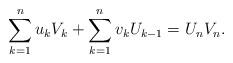
LaTeX: \begin{align*}\sum_{k=1}^{n} u_k V_k + \sum_{k=1}^{n} v_k U_{k-1} = U_n V_n .\end{align*}